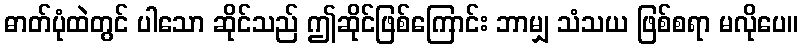
ဓာတ်ပုံထဲတွင် ပါသော ဆိုင်သည် ဤဆိုင်ဖြစ်ကြောင်း ဘာမျှ သံသယ ဖြစ်စရာ မလိုပေ။